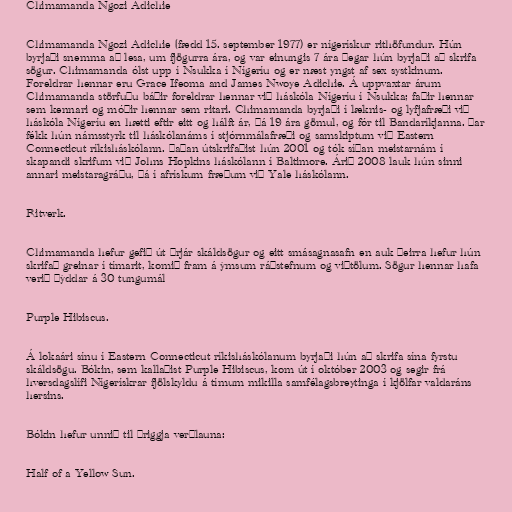
Chimamanda Ngozi Adichie

Chimamanda Ngozi Adichie (fædd 15. september 1977) er nígerískur rithöfundur. Hún
byrjaði snemma að lesa, um fjögurra ára, og var einungis 7 ára þegar hún byrjaði að skrifa
sögur. Chimamanda ólst upp í Nsukka í Nígeríu og er næst yngst af sex systkinum.
Foreldrar hennar eru Grace Ifeoma and James Nwoye Adichie. Á uppvaxtar árum
Chimamanda störfuðu báðir foreldrar hennar við háskóla Nígeríu í Nsukka; faðir hennar
sem kennari og móðir hennar sem ritari. Chimamanda byrjaði í læknis- og lyfjafræði við
háskóla Nígeríu en hætti eftir eitt og hálft ár, þá 19 ára gömul, og fór til Bandaríkjanna. Þar
fékk hún námsstyrk til háskólanáms í stjórnmálafræði og samskiptum við Eastern
Connecticut ríkisháskólann. Þaðan útskrifaðist hún 2001 og tók síðan meistarnám í
skapandi skrifum við Johns Hopkins háskólann í Baltimore. Árið 2008 lauk hún sinni
annari meistaragráðu, þá í afrískum fræðum við Yale háskólann.

Ritverk.

Chimamanda hefur gefið út þrjár skáldsögur og eitt smásagnasafn en auk þeirra hefur hún
skrifað greinar í tímarit, komið fram á ýmsum ráðstefnum og viðtölum. Sögur hennar hafa
verið þýddar á 30 tungumál

Purple Hibiscus.

Á lokaári sínu í Eastern Connecticut ríkisháskólanum byrjaði hún að skrifa sína fyrstu
skáldsögu. Bókin, sem kallaðist Purple Hibiscus, kom út í október 2003 og segir frá
hversdagslífi Nígerískrar fjölskyldu á tímum mikilla samfélagsbreytinga í kjölfar valdaráns
hersins.

Bókin hefur unnið til þriggja verðlauna:

Half of a Yellow Sun.